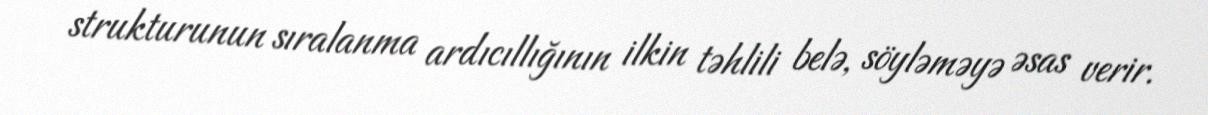
strukturunun sıralanma ardıcıllığının ilkin təhlili belə, söyləməyə əsas verir.